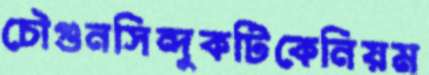
চৌগুনসিন্দুকটিকেনিয়ম